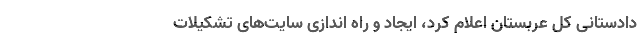
دادستانی کل عربستان اعلام کرد، ایجاد و راه اندازی سایت‌های تشکیلات